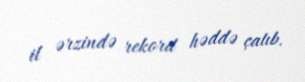
il ərzində rekord həddə çatıb.